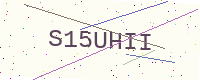
Text: S15UHII